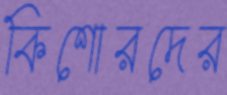
কিশোরদের